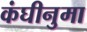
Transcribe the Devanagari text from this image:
कंघीनुमा